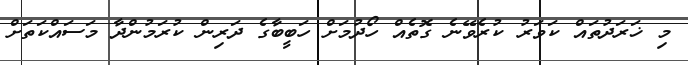
މި ޚަރަދުތައް ކަވަރު ކުރެވޭނެ ގޮތެއް ހޯދުމަށް ހަބީބާގެ ދަރިން ކުރަމުންދާ މަސައްކަތަށް